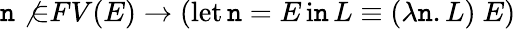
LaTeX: \mathtt{n}\not{\in}FV(E)\to(\operatorname{let}\mathtt{n}=E\operatorname{i\mathtt{n}}L\equiv(\lambda\mathtt{n}.L)\ E)